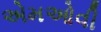
એમઓવી